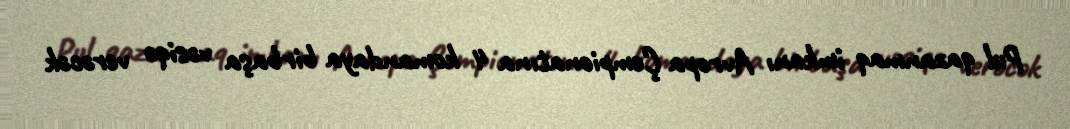
Pul qazanmaq imkanı Avropa Çempionatına 4 komandaya birbaşa vəsiqə verəcək